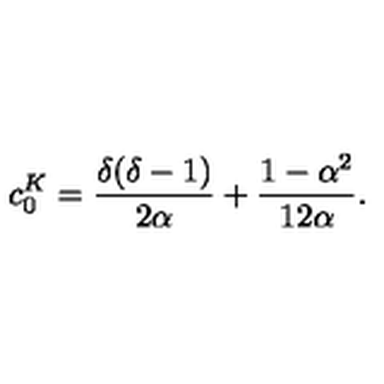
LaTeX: \displaystyle c _ { 0 } ^ { K } = \frac { \delta ( \delta - 1 ) } { 2 \alpha } + \frac { 1 - \alpha ^ { 2 } } { 1 2 \alpha } .